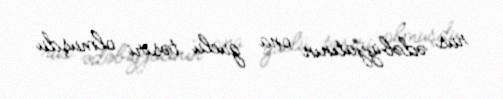
rus ədəbiyyatının ona güclü təsiri olmuşdu.